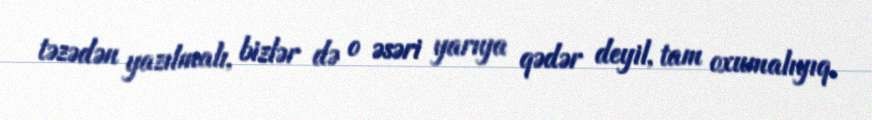
təzədən yazılmalı, bizlər də o əsəri yarıya qədər deyil, tam oxumalıyıq.